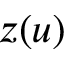
z ( u )